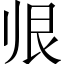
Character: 𱍭